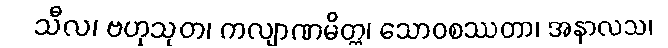
သီလ၊ ဗဟုသုတ၊ ကလျာဏမိတ္တ၊ သောဝစဿတာ၊ အနာလသ၊